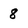
Character: 8